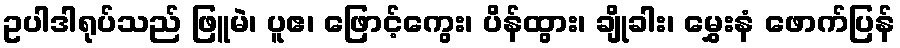
ဥပါဒါရုပ်သည် ဖြူမဲ၊ ပူဧ၊ ဖြောင့်ကွေး၊ ပိန်ထွား၊ ချိုခါး၊ မွှေးနံ ဖောက်ပြန်